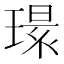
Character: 𱯔